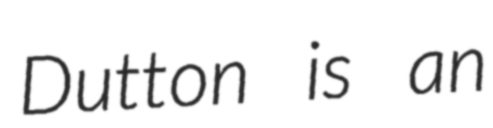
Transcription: Dutton is an